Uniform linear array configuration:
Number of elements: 8
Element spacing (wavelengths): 1
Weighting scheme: kaiser
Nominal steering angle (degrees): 60
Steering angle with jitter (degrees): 60.134
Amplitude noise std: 0.05
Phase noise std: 0.05

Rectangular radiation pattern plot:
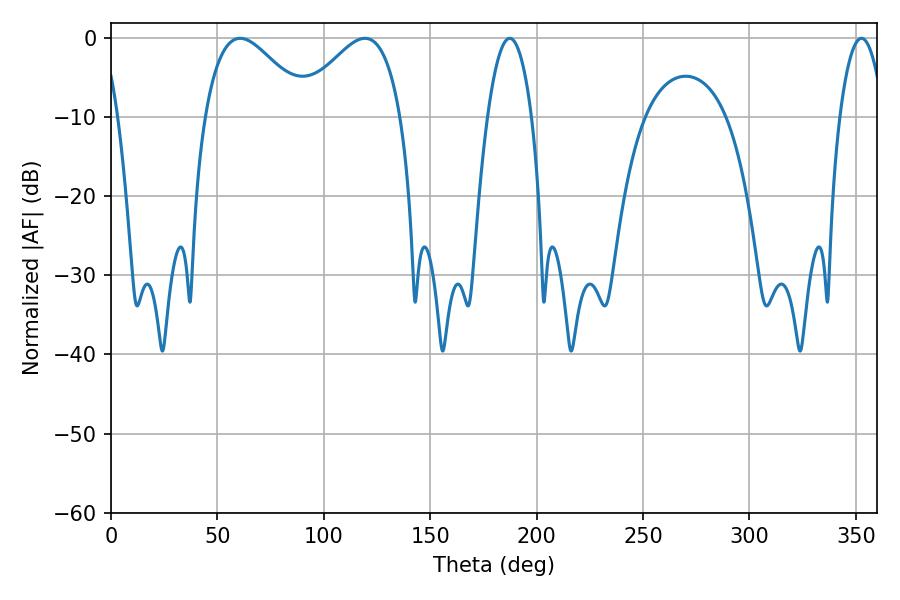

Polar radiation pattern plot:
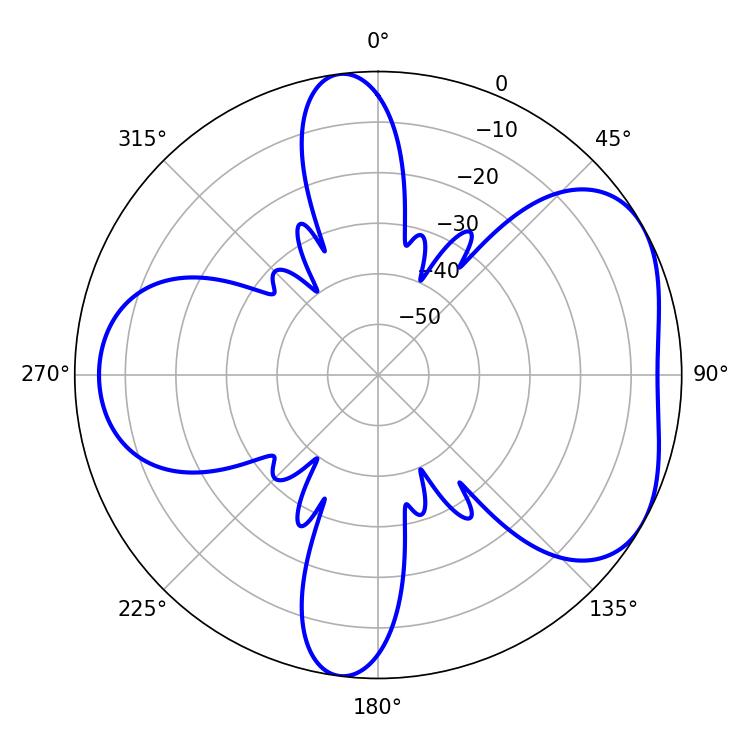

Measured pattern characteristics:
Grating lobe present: TRUE
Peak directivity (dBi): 4.919
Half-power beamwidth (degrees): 26.1
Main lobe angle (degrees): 60.66